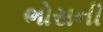
ભોસની